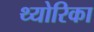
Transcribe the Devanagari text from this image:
थ्योरिका